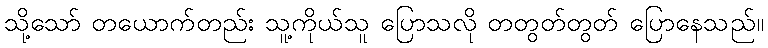
သို့သော် တယောက်တည်း သူ့ကိုယ်သူ ပြောသလို တတွတ်တွတ် ပြောနေသည်။